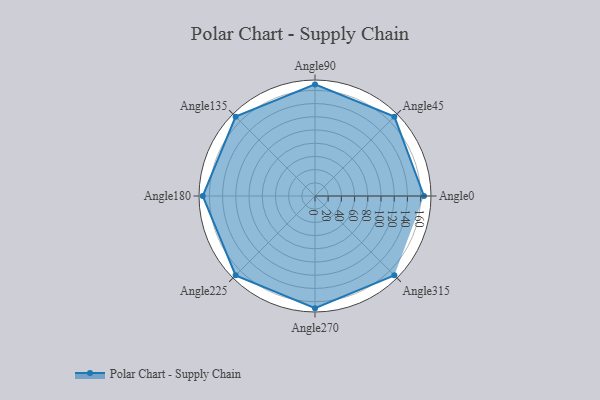
{"axis": {"x": "Angle", "y": "Radius"}, "legend": [""], "data": [{"x": "Angle0", "y": 165.0, "type": ""}, {"x": "Angle45", "y": 170.0, "type": ""}, {"x": "Angle90", "y": 169.0, "type": ""}, {"x": "Angle135", "y": 170.0, "type": ""}, {"x": "Angle180", "y": 170, "type": ""}, {"x": "Angle225", "y": 170, "type": ""}, {"x": "Angle270", "y": 170, "type": ""}, {"x": "Angle315", "y": 170, "type": ""}]}